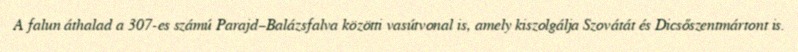
A falun áthalad a 307-es számú Parajd–Balázsfalva közötti vasútvonal is, amely kiszolgálja Szovátát és Dicsőszentmártont is.